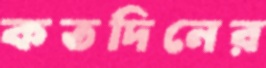
কতদিনের